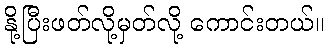
နို့ပြီးဖတ်လို့မှတ်လို့ ကောင်းတယ်။